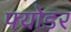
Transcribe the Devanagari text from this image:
फ्योडर